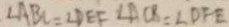
\angle A B C = \angle D E F \angle A C B = \angle D F E